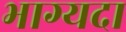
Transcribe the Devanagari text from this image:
भाग्यदा